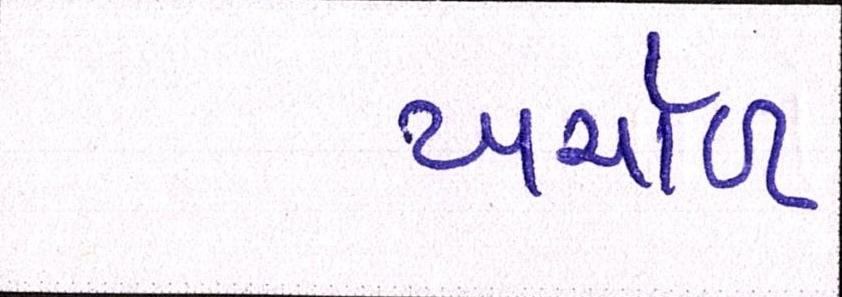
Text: ખર્ચાળ